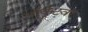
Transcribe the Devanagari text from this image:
ऑर्कुटवर